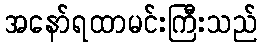
အနော်ရထာမင်းကြီးသည်